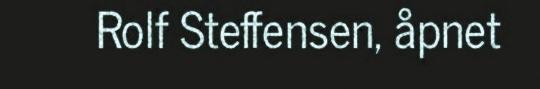
Rolf Steffensen, åpnet